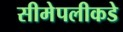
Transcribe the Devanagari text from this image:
सीमेपलीकडे